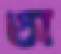
অ